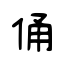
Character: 俑